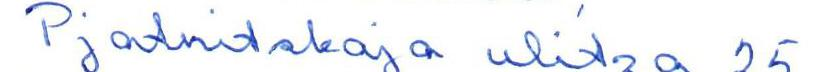
Pjatnitskaja ulitza 25,